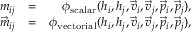
\begin{array} { r l r } { m _ { i j } } & { = } & { \phi _ { \mathrm { s c a l a r } } ( h _ { i } , h _ { j } , \vec { v } _ { i } , \vec { v } _ { j } , \vec { p } _ { i } , \vec { p } _ { j } ) , } \\ { \vec { m } _ { i j } } & { = } & { \phi _ { \mathrm { v e c t o r i a l } } ( h _ { i } , h _ { j } , \vec { v } _ { i } , \vec { v } _ { j } , \vec { p } _ { i } , \vec { p } _ { j } ) , } \end{array}